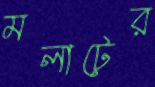
মলাটের